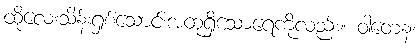
ထိုလေးသိန်းရှစ်သောင်းအထုရှိသောရေကိုလည်း။ ဝါတေန၊